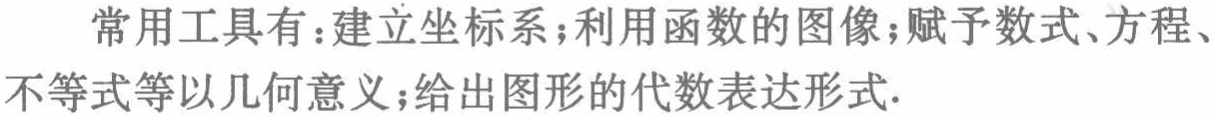
常用工具有：建立坐标系；利用函数的图像；赋予数式、方程、不等式等以几何意义；给出图形的代数表达形式.